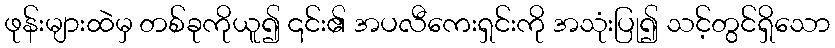
ဖုန်းများထဲမှ တစ်ခုကိုယူ၍ ၎င်း၏ အပလီကေးရှင်းကို အသုံးပြု၍ သင့်တွင်ရှိသော